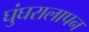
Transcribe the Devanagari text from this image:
घुंघरालापन